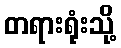
တရားရုံးသို့